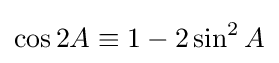
\cos 2A\equiv 1-2\sin ^{2}A